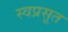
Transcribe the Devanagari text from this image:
स्वप्रसूत